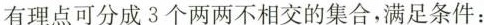
有理点可分成3个两两不相交的集合，满足条件：